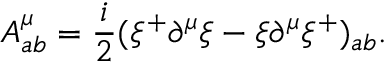
A _ { a b } ^ { \mu } = \frac { i } { 2 } ( \xi ^ { + } \partial ^ { \mu } \xi - \xi \partial ^ { \mu } \xi ^ { + } ) _ { a b } .